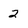
Character: 2